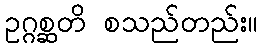
ဥဂ္ဂစ္ဆတိ စသည်တည်း။